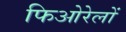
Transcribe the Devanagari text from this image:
फिओरेलों